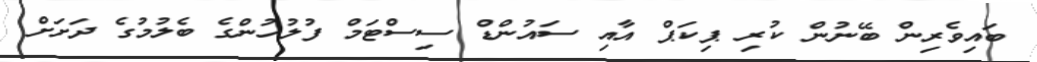
ބައިވެރިން ބޭނުން ކުރި ޕިކަޕް އާއި ސައުންޑް ސިސްޓަމް ފުލުހުންގެ ބެލުމުގެ ދަށަށް